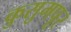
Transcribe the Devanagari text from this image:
कुसुमपूर